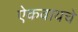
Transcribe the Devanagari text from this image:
ऐकवायचे